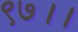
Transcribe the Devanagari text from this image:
९७।।